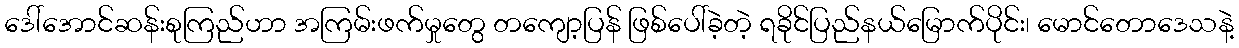
ဒေါ်အောင်ဆန်းစုကြည်ဟာ အကြမ်းဖက်မှုတွေ တကျော့ပြန် ဖြစ်ပေါ်ခဲ့တဲ့ ရခိုင်ပြည်နယ်မြောက်ပိုင်း၊ မောင်တောဒေသနဲ့